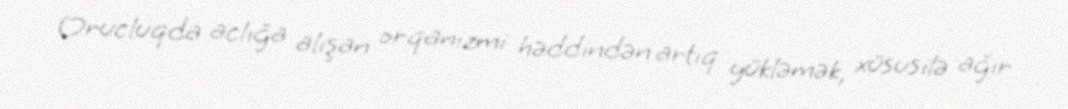
Orucluqda aclığa alışan orqanizmi həddindən artıq yükləmək, xüsusilə ağır